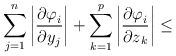
\begin{align*}\sum\limits_{j=1}^n {\left| \frac{{\partial \varphi }_{i}}{{\partial y}_{j}} \right|+\sum\limits_{k=1}^p \left| \frac{{\partial \varphi }_{i}}{{\partial z}_{k}} \right| }\le\end{align*}